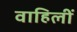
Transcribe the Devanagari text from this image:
वाहिलीं